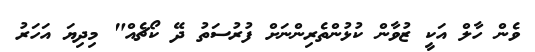
ވެން ހާލް އަކީ ޒުވާން ކުޅުންތެރިންނަށް ފުރުސަތު ދޭ ކޯޗެއް" މިދިޔަ އަހަރު